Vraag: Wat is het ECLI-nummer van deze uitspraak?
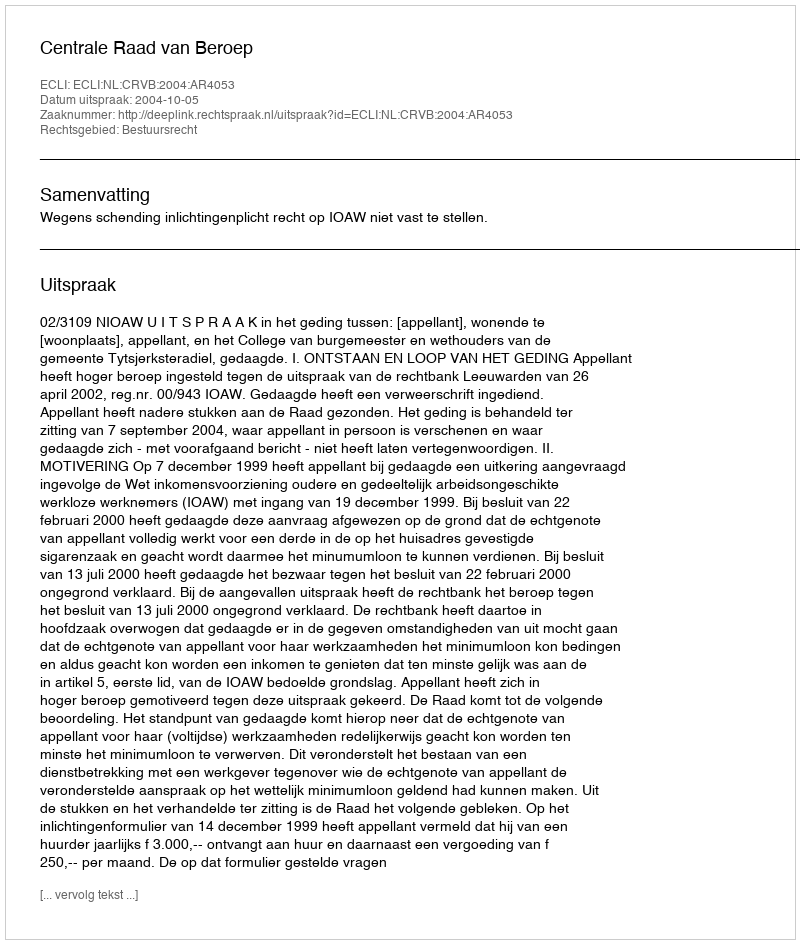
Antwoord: ECLI:NL:CRVB:2004:AR4053